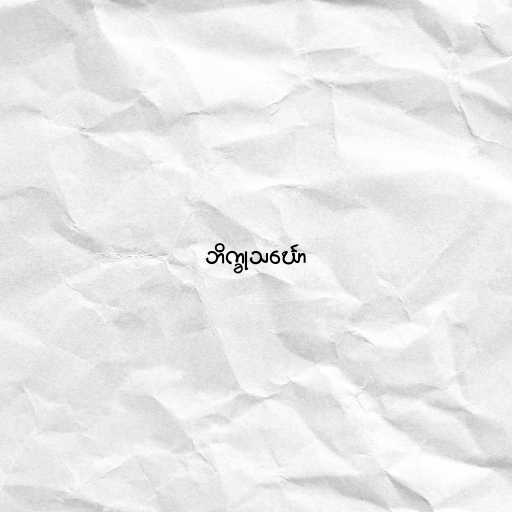
ဘိက္ခုသင်္ဃော